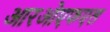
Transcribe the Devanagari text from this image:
आरओएफएल